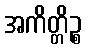
အကိတ္တိဉ္စ